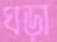
ঘড়া